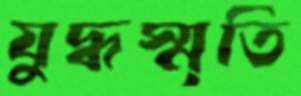
যুদ্ধস্মৃতি